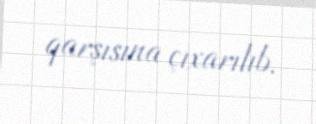
qarşısına çıxarılıb.